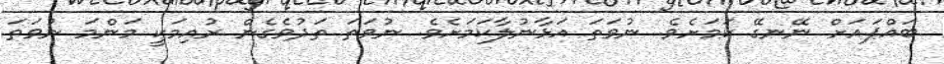
ބައްޕައަށް ނޭނގޭ ކަމަށެވެ. ނުވަތަ އަޅާނުލާކަމަށެވެ. ނުވަތަ ތަދުވެގެން ރުއިމަކީ މަންމަ ނުވަތަ